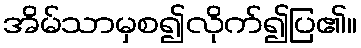
အိမ်သာမှစ၍လိုက်၍ပြ၏။